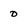
Character: 0